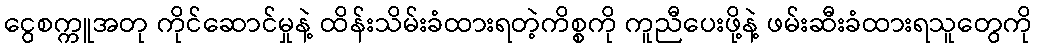
ငွေစက္ကူအတု ကိုင်ဆောင်မှုနဲ့ ထိန်းသိမ်းခံထားရတဲ့ကိစ္စကို ကူညီပေးဖို့နဲ့ ဖမ်းဆီးခံထားရသူတွေကို